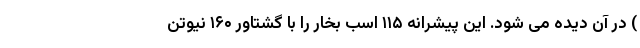
) در آن دیده می شود. این پیشرانه ۱۱۵ اسب بخار را با گشتاور ۱۶۰ نیوتن